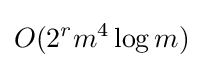
O(2^{r}m^{4}\log m)